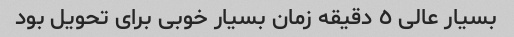
بسیار عالی ٥ دقیقه زمان بسیار خوبی برای تحویل بود